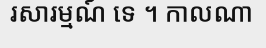
រសារម្មណ៍ ទេ ។ កាលណា